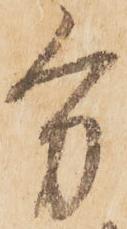
分